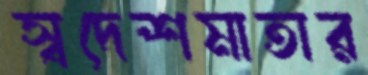
স্বদেশমাতার